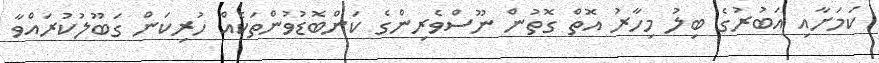
ކަމަށާއި އަބުރުގެ ބިލު މިހާރު އޮތް ގޮތުން ނޫސްވެރިންގެ ކަންބޮޑުވުންތަކެއް ހުރިކަން ގަބޫލުކުރައްވާ